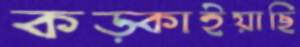
কড়্‌কাইয়াছি